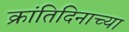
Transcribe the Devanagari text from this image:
क्रांतिदिनाच्या